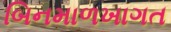
બિનમાળખાગત